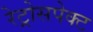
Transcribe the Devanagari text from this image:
रेट्रोसपेक्ट